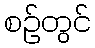
စဉ်တွင်